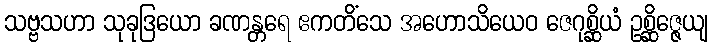
သဗ္ဗသဟာ သုခုဒြယော ခဏန္တရေ ဧကတိံသေ အဟောသိယေဝ ဇေဂုစ္ဆိယံ ဥစ္ဆိဇ္ဇေယျ